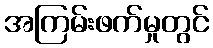
အကြမ်းဖက်မှုတွင်